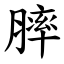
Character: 膟